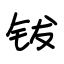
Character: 钹